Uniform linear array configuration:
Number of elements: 16
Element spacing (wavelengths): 0.25
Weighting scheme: hamming
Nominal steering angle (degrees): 45
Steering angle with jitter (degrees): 45.774
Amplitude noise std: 0.05
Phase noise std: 0.05

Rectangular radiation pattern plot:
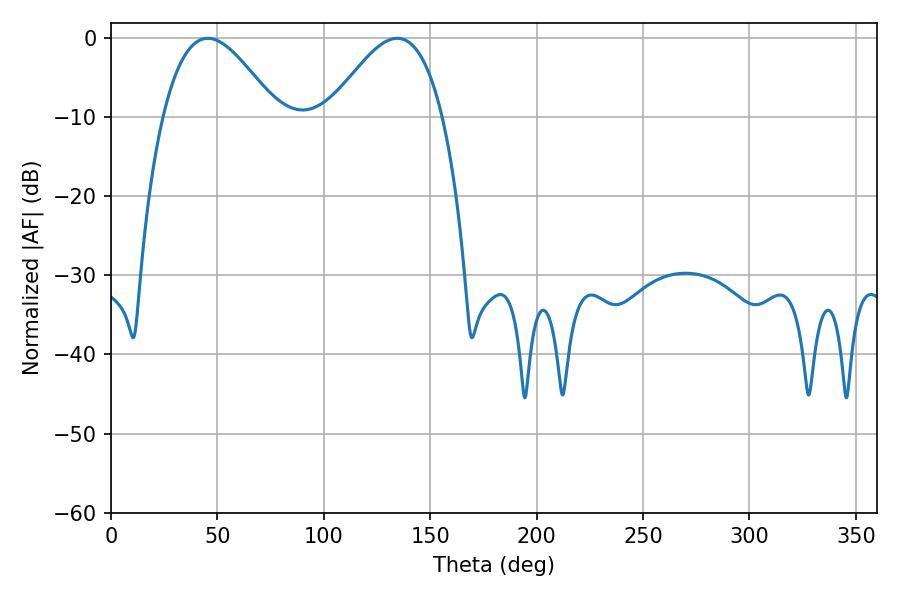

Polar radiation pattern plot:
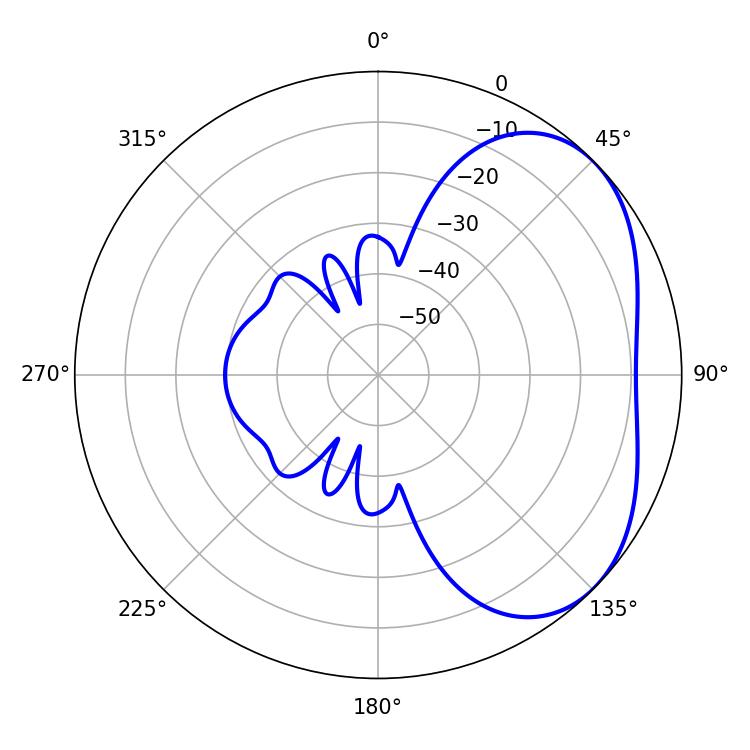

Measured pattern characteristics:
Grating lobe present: FALSE
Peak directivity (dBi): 3.724
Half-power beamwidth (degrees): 28.8
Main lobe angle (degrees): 45.54